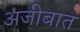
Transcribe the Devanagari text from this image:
अजीबात